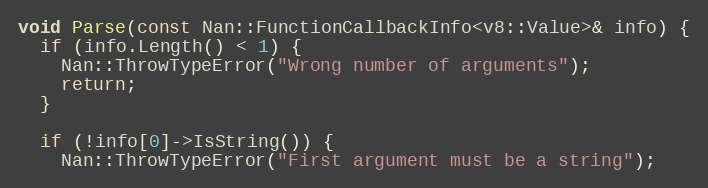
Language: C++
void Parse(const Nan::FunctionCallbackInfo<v8::Value>& info) {
  if (info.Length() < 1) {
    Nan::ThrowTypeError("Wrong number of arguments");
    return;
  }

  if (!info[0]->IsString()) {
    Nan::ThrowTypeError("First argument must be a string");